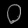
Digit: ၀